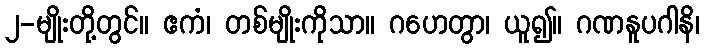
၂-မျိုးတို့တွင်။ ဧကံ၊ တစ်မျိုးကိုသာ။ ဂဟေတွာ၊ ယူ၍။ ဂဏနူပဂါနိ၊